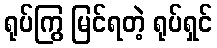
ရုပ်ကြွ မြင်ရတဲ့ ရုပ်ရှင်